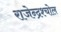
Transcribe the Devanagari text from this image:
राजेन्द्रश्चोल